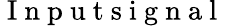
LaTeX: \mathrm{~I~n~p~u~t~s~i~g~n~a~l~}